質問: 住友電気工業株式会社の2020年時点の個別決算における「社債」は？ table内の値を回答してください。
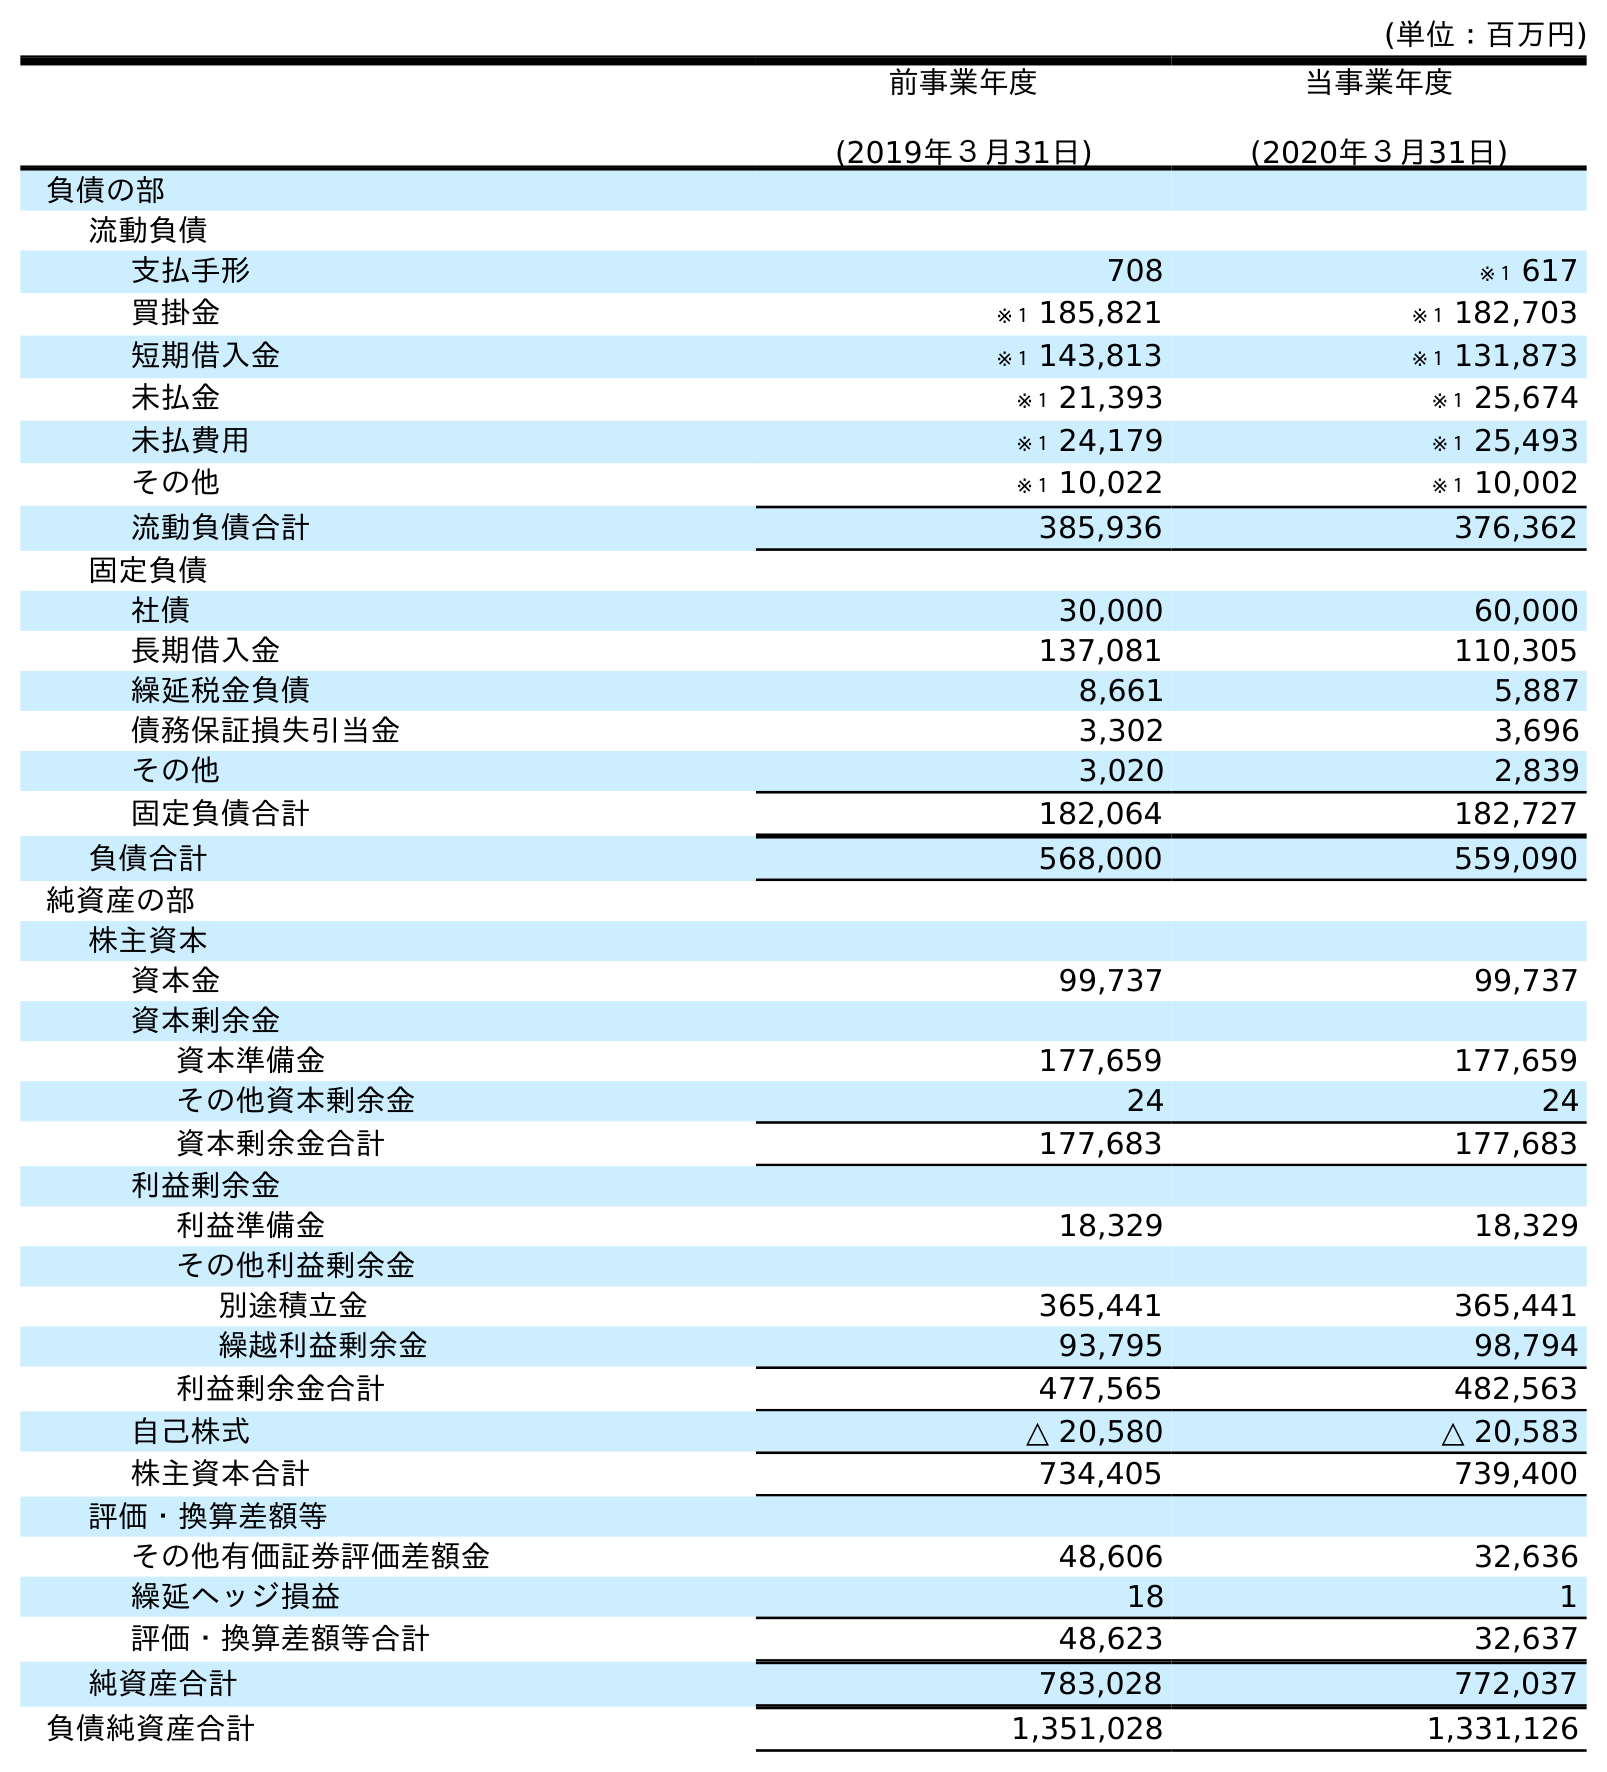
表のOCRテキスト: (単位：百万円) 前事業年度 (2019年３月31日) 当事業年度 (2020年３月31日) 負債の部 流動負債 支払手形 708 ※１ 617 買掛金 ※１ 185,821 ※１ 182,703 短期借入金 ※１ 143,813 ※１ 131,873 未払金 ※１ 21,393 ※１ 25,674 未払費用 ※１ 24,179 ※１ 25,493 その他 ※１ 10,022 ※１ 10,002 流動負債合計 385,936 376,362 固定負債 社債 30,000 60,000 長期借入金 137,081 110,305 繰延税金負債 8,661 5,887 債務保証損失引当金 3,302 3,696 その他 3,020 2,839 固定負債合計 182,064 182,727 負債合計 568,000 559,090 純資産の部 株主資本 資本金 99,737 99,737 資本剰余金 資本準備金 177,659 177,659 その他資本剰余金 24 24 資本剰余金合計 177,683 177,683 利益剰余金 利益準備金 18,329 18,329 その他利益剰余金 別途積立金 365,441 365,441 繰越利益剰余金 93,795 98,794 利益剰余金合計 477,565 482,563 自己株式 △ 20,580 △ 20,583 株主資本合計 734,405 739,400 評価・換算差額等 その他有価証券評価差額金 48,606 32,636 繰延ヘッジ損益 18 1 評価・換算差額等合計 48,623 32,637 純資産合計 783,028 772,037 負債純資産合計 1,351,028 1,331,126
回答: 60,000